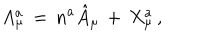
A _ { \mu } ^ { a } \, = \, n ^ { a } \hat { A } _ { \mu } \, + \, X _ { \mu } ^ { a } \, ,